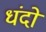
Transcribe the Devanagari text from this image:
धंदो